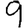
Digit: 9